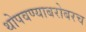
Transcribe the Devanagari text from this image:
थोपवण्याबरोबरच